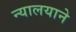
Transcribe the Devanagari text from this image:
न्यालयाने